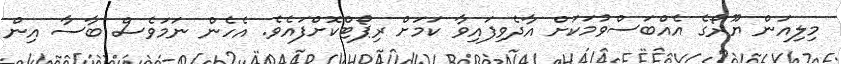
މިލިއަން ޔޫރޯގެ އެއްބަސްވުމަކަށް އާދެވިފައިވާ ކަމަށް ރިޕޯޓްކޮށްފައެވެ. އެހެން ނަމަވެސް ބާސާ އިން